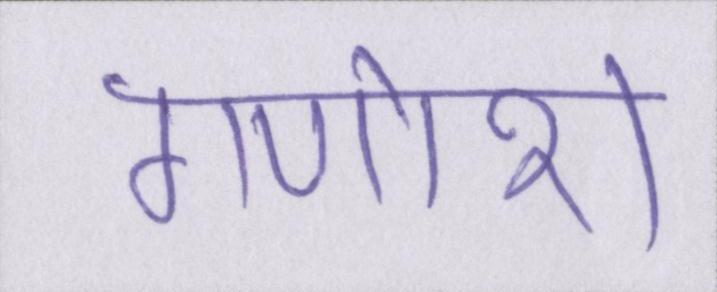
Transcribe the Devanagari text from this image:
गणोश